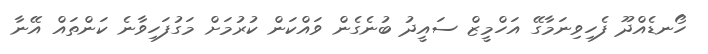
ހޯނޑެއްދޫ ފެހިވިނަމާގޭ އަހްމީޒް ސައީދު ބުނެގެން ވައްކަން ކުރުމަށް މަގުފަހިވާނެ ކަންތައް އޭނާ